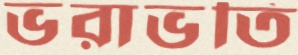
ভরাভতি